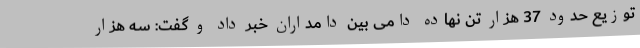
توزیع حدود 37 هزار تن نهاده دامی بین دامداران خبر داد و گفت: سه هزار